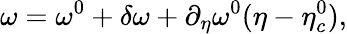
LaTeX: \omega=\omega^{0}+\delta\omega+\partial_{\eta}\omega^{0}(\eta-\eta_{c}^{0}),